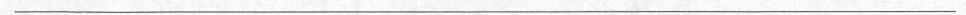
___